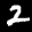
Label: 2